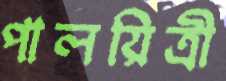
পালয়িত্রী